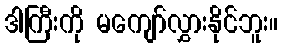
ဒါကြီးကို မကျော်လွှားနိုင်ဘူး။